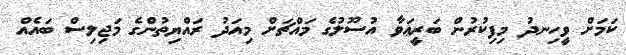
ކަމަށް ވީހިނދު މިފިކުރުން ބަރީޢަވާ އުސޫލުގެ މައްޗަށް މިއަދު ރައްޔިތުންގެ މަޖިލިސް ބައެއް